King Institute of Preventive Medicine Micro-Biological Section reports 1912-19
Year: 1912
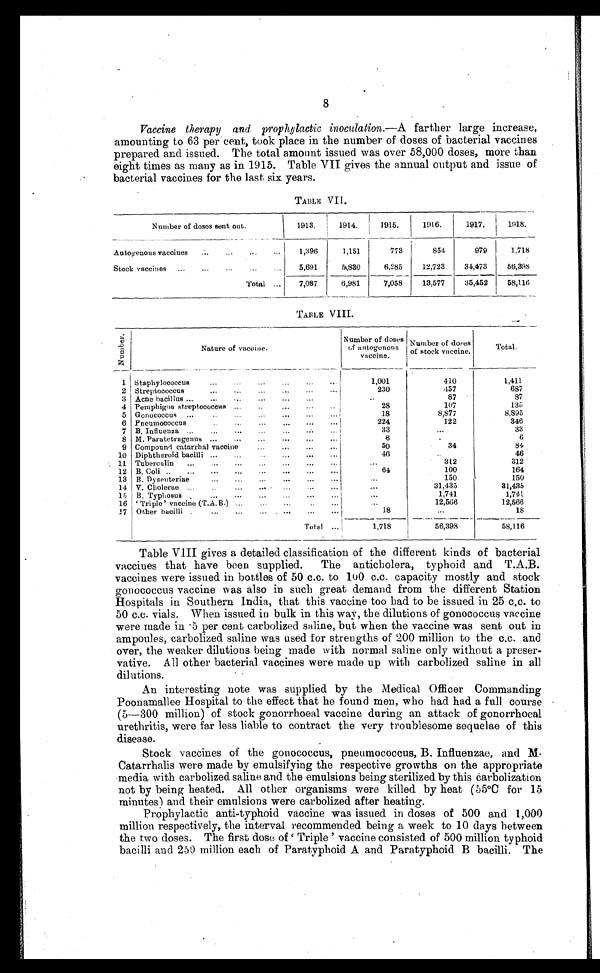
8
Vaccine therapy and prophylactic inoculation.— A farther large increase,
amounting to 63 per cent, took place in the number of doses of bacterial vaccines
prepared and issued. The total amount issued was over 58,000 doses, more than
eight times as many as in 1915. Table VII gives the annual output and issue of
bacterial vaccines for the last six years.
TABLE VII.
Number of doses sent out.
1913.
1914.
1915.
1916.
1917.
1918.
Autogenous vaccines . . .
1,396
1,151
773
854
979
1,718
Stock vaccines . . .
5,691
5,830
6,285
12,723
34,473
56,398
Total
. . .
7,087
6,981
7,058
13,577
35,452
58,116
TABLE VIII.
N u m b e r .
Nature of vaccine.
Number of doses
of autogenous
vaccine.
Number of doses
of stock vaccine.
Total .
1
Staphylococcus . . .
1,001
410
1,411
2 Streptococcus . . .
230
457
687
3 Acne bacillus . . .
. . .
87
87
4 Pemphigus streptococcus . . .
28
107
135
5 Gonococcus . . .
18
8,877
8,895
6 Pneumococcus . . .
224
122
346
7 B. Influenza . . .
33
. . .
33
8 M. Paratetragenus . . .
6
. . .
6
9 Compound catarrhal vaccine . . .
50
34
84
10 Diphtheroid bacilli . . .
46
. . .
46
11 Tuberculin . . .
. . .
312
312
12 B. Coli . . .
64
100
164
13 B. Dysenteriae . . .
. . .
150
150
14 V. Cholerae . . .
. . .
31,435
31,435
15 B. Typhosus . . .
. . .
1,741
1,741
16 ‘Triple’ vaccine (T.A. B.) . . .
. . .
12,566
12,566
17 Other bacilli . . .
18
. . .
18
Total . . .
1,718
56,398
58,116
Table VIII gives a detailed classification of the different kinds of bacterial
vaccines that have been supplied. The anticholera, typhoid and T.A.B.
vaccines were issued in bottles of 50 c.c. to 100 c.c. capacity mostly and stock
gonococcus vaccine was also in such great demand from the different Station
Hospitals in Southern India, that this vaccine too had to be issued in 25 c.c. to
50 c.c. vials. When issued in bulk in this way, the dilutions of gonococcus vaccine
were made in 5 per cent carbolized saline, but when the vaccine was sent out in
ampoules, carbolized saline was used for strengths of 200 million to the c.c. and
over, the weaker dilutions being made with normal saline only without a preser--
vative. All other bacterial vaccines were made up with carbolized saline in all
dilutions.
An interesting note was supplied by the Medical Officer Commanding
Poonamallee Hospital to the effect that he found men, who had had a full course
(5—300 million) of stock gonorrhoeal vaccine during an attack of gonorrhoeal
urethritis, were far less liable to contract the very troublesome sequelae of this
disease.
Stock vaccines of the gonococcus, pneumococcus, B. Influenzae, and M.
Catarrhalis were made by emulsifying the respective growths on the appropriate
media with carbolized saline and the emulsions being sterilized by this carbolization
not by being heated. All other organisms were killed by heat (55°C for 15
minutes) and their emulsions were carbolized after heating.
Prophylactic anti-typhoid vaccine was issued in doses of 500 and 1,000
million respectively, the interval recommended being a week to 10 days between
the two doses. The first dose of ‘Triple’ vaccine consisted of 500 million typhoid
bacilli and 250 million each of Paratyphoid A and Paratyphoid B bacilli. The